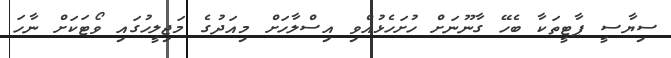
ސިޔާސީ ޕާޓީތަކާ ބެހޭ ގާނޫނަށް ހުށަހެޅުއްވި އިސްލާހަށް މިއަދުގެ މަޖިލީހުގައި ވޯޓަކަށް ނާހަ